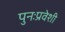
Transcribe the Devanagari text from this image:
पुनःप्रवेशी